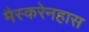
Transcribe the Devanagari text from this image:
मैस्करेनहास